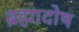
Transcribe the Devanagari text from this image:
ब्रह्मादोष